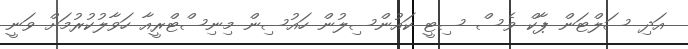
އަދި ސަލްޓަން ޕާކް ވެސް ސިޓީ ކައުންސިލުން ހައުސިން މިނިސްޓްރީއާ ހަވާލުކުރުމަށް ވަނީ